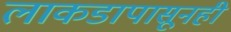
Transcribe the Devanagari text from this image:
लाकडापासूनही